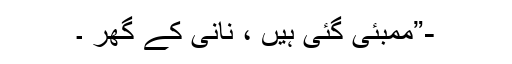
-”ممبئی گئی ہیں ، نانی کے گھر ۔